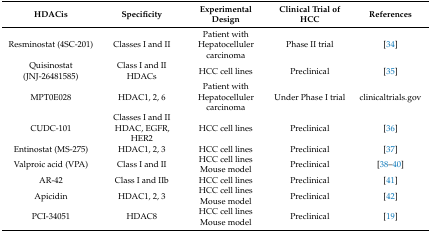
| HDACis | Specificity | Experimental Design | Clinical Trial of HCC | References |
 | --- | --- | --- | --- | --- |
 | Resminostat (4SC-201) | Classes I and II | Patient with Hepatocelluler carcinoma | Phase II trial | [34] |
 | Quisinostat (JNJ-26481585) | Class I and II HDACs | HCC cell lines | Preclinical | [35] |
 | MPT0E028 | HDAC1, 2, 6 | Patient with Hepatocelluler carcinoma | Under Phase I trial | clinicaltrials.gov |
 | CUDC-101 | Classes I and II HDAC, EGFR, HER2 | HCC cell lines | Preclinical | [36] |
 | Entinostat (MS-275) | HDAC1, 2, 3 | HCC cell lines | Preclinical | [37] |
 | Valproic acid (VPA) | Class I and II | HCC cell lines Mouse model | Preclinical | [38,39,40] |
 | AR-42 | Class I and IIb | HCC cell lines | Preclinical | [41] |
 | Apicidin | HDAC1, 2, 3 | HCC cell lines Mouse model | Preclinical | [42] |
 | PCI-34051 | HDAC8 | HCC cell lines Mouse model | Preclinical | [19] |